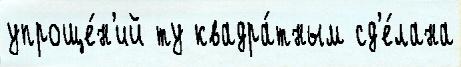
упроще́н'ий ту квадра́тным сд'е́лана